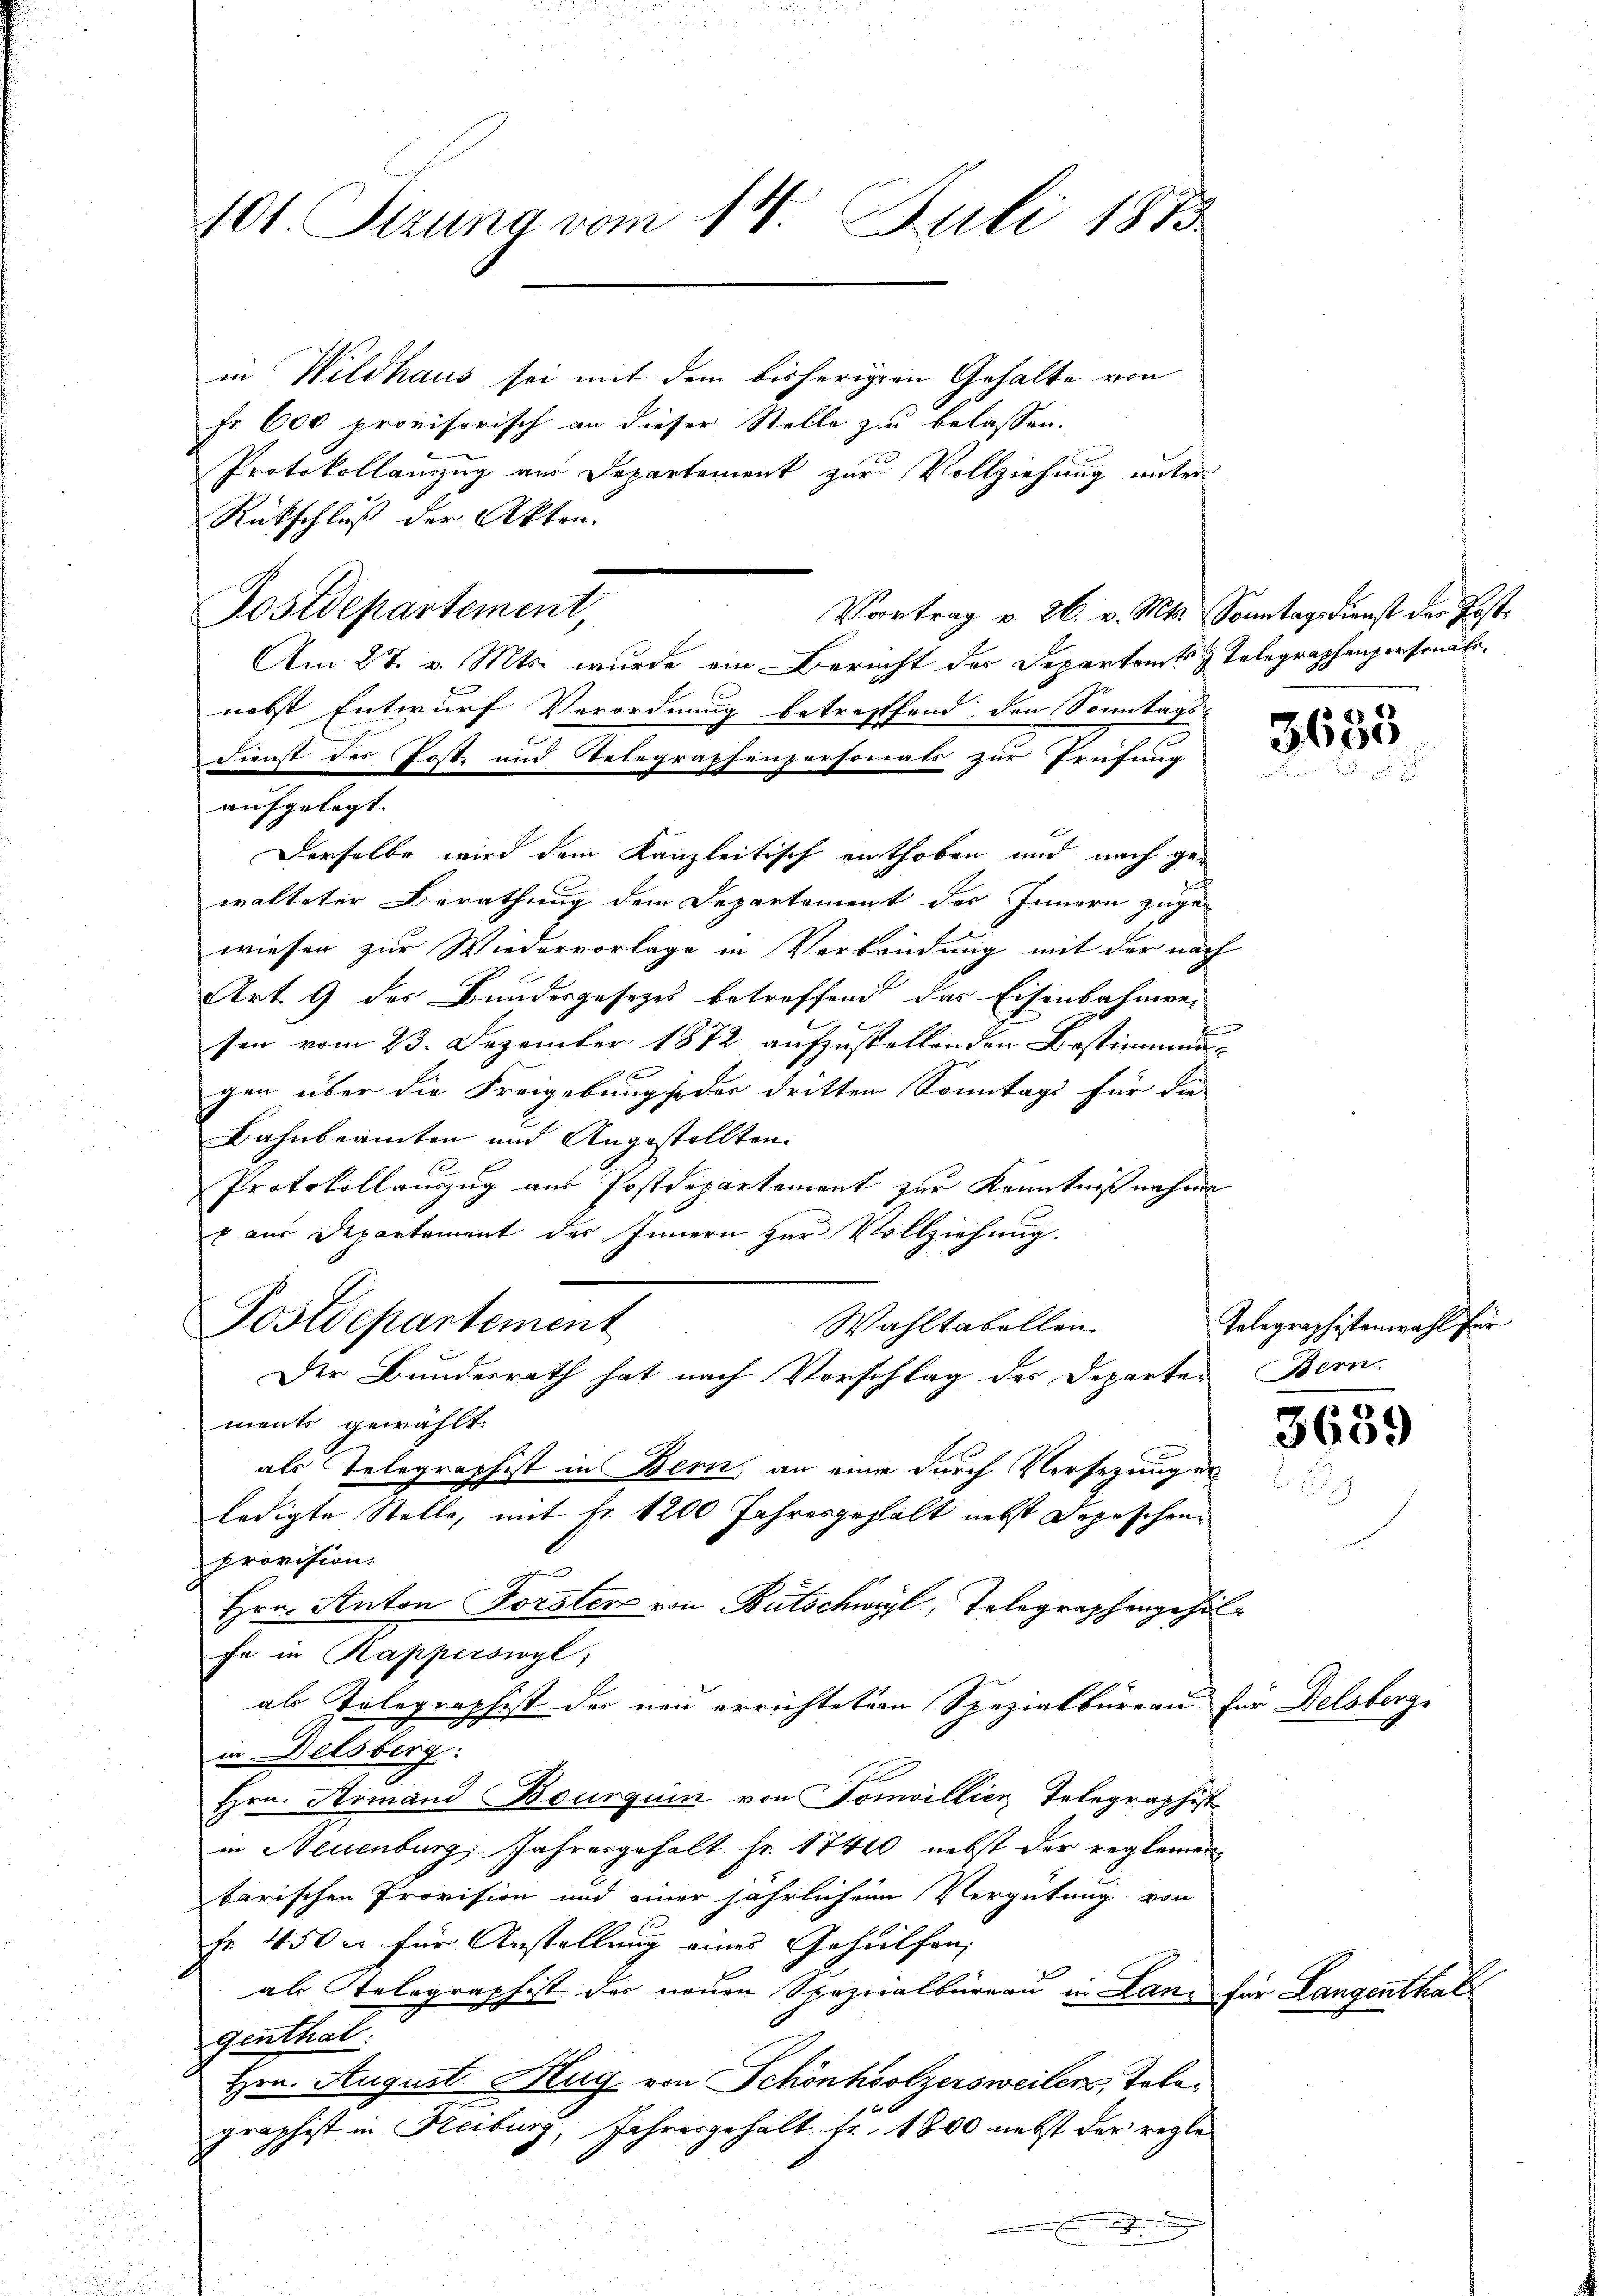
401. Sizung vom 14. Juli 1873.

in Wildhaus sei mit dem bisherigen Gehalte von
Fr. 600 provisorisch an dieser Stelle zu belassen.
Protokollauszug aus Departement zur Vollziehung unter
Rütschluß der Akten.
Postdepartement,
Am 27. v. Mts. wurde ein Bericht der Departent Telegraphenpersonat
nebst Entwurf Verordnung betrefffend, den Sonntags-
Derselbe wird dem Kanzleitisch enthoben und nach gewalteter Berathung dem Departement des Innern zugewiesen zur Wiedervorlage in Verbrüdung mit der nach
Art. 9 des Bundesgesetzes betreffend das Eisenbahnwe-
sen vom 23. Dezember 1872 aufzustellenden Bestimmungen über die Freigebung oder dritten Sonntags für die
Bahnbeamten und Angestellten.
Protokollauszug aus Postdepartement zur Kenntnißnahme
 aus Departement des Innern zur Vollziehung.
Postdepartement
Wahltabellen.
Der Bundesrath hat nach Vorschlag des Departen Bern.
ments gewählt.
als Telegraphist in Bern, an eine durch Versezungen
ledigte Stelle, mit Fr. 1200 Jahresgehalt nebst Depeschen¬
Provision.
Hrn. Anton Forsten von Bütschwyl, Telegraphengehilfe in Kapperswyl,
als Telegraphist der neu errichteten Spezialbüreau für Delsberge
in Delsberg:
Hrn. Simand Bourguin von Tomvillicz Telegraphist
in Neuenburg, Jahresgehalt. Fr. 17410 nebst der reglemen
tarischen Provision und einer jährlichen Vergütung von
Fr. 450 u. für Anstellung eines Gehülfen,
als Telegraphist der neuen Spezialbüreau in Lanz für Langenthal
genthal:
Hrn. August Hug von Schönholzersweilers, Tolegraphist in Heiburg, Jahresgehalt fr. 1800 nebst der regle¬
J

Dienst des Post und Telegraphenpersonats zur Prüfung
aufgelegt.

Vortrag v. 26. v. Mts. Sonntagsdienst der Post¬

3633
u

Telegraphistenwahl für

3639